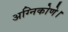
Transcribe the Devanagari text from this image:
अग्निकोणे।